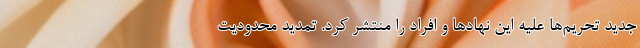
جدید تحریم‌ها علیه این‌ نهادها و افراد را منتشر کرد. تمدید محدودیت